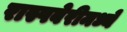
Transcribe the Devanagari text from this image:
रास्पबेरीमध्ये